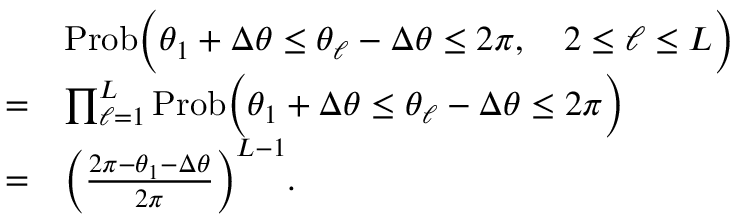
\begin{array} { r l } & { \mathrm { P r o b } \Big ( \theta _ { 1 } + \Delta \theta \le \theta _ { \ell } - \Delta \theta \le 2 \pi , \quad 2 \le \ell \le L \Big ) } \\ { = } & { \prod _ { \ell = 1 } ^ { L } \mathrm { P r o b } \Big ( \theta _ { 1 } + \Delta \theta \le \theta _ { \ell } - \Delta \theta \le 2 \pi \Big ) } \\ { = } & { \bigg ( \frac { 2 \pi - \theta _ { 1 } - \Delta \theta } { 2 \pi } \bigg ) ^ { L - 1 } . } \end{array}